Investigations into the jail dietaries of the United Provinces with some observations on the influence of dietary on the physical development and well-being of the people of the United Provinces - Number 48
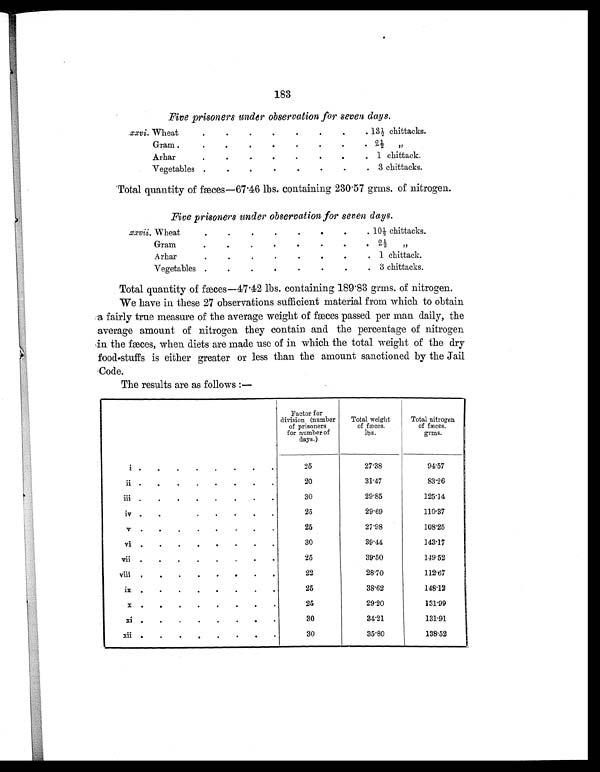
183
Five prisoners under observation for seven days.
xxvi. Wheat
.
.
.
.
.
.
. . 13½ chittacks.
Gram
.
.
.
.
.
.
.
.
2½ ,,
Arhar
.
.
.
.
.
.
.
. 1 chittack.
Vegetables
.
.
.
.
.
.
.
. 3 chittacks.
Total quantity of fæces—67.46 lbs. containing 230.57 grms. of nitrogen.
Five prisoners under observation for seven days.
xxvii. Wheat
.
.
.
.
.
.
.
. 10½ chittacks.
Gram
. . . .
.
. . .
2½ ,,
Arhar
.
.
.
.
.
.
.
. 1 chittack.
Vegetables
.
.
.
.
.
.
.
.
3 chittacks.
Total quantity of fæces—47.42 lbs. containing 189.83 grms. of nitrogen.
We have in these 27 observations sufficient material from which to obtain
a fairly true measure of the average weight of fæces passed per man daily, the
average amount of nitrogen they contain and the percentage of nitrogen
in the fæces, when diets are made use of in which the total weight of the dry
food-stuffs is either greater or less than the amount sanctioned by the Jail
Code.
The results are as follows :—
Factor for
division (number
of prisoners
for number of
days.)
Total weight
of fæces.
lbs.
Total nitrogen
of fæces.
gr
ms.
i
.
.
.
.
.
.
.
.
25
27.38
94.57
ii
.
.
.
.
.
.
. .
20
31.47
83.26
iii .
.
.
. . . . .
30
29.85
125.14
iv .
.
. . . . .
25
29.69
110.37
v
.
.
.
. . . . .
25
27.98
108.25
vi
.
.
.
.
.
.
. .
30
39.44
143.17
vii . . . . . .
25
39.50
149 52
viii . . . . . . . .
22
28.70
112.67
i
x
.
.
.
.
.
.
. .
25
38.62
148.12
x
.
.
.
. . . . .
25
29.20
131.99
xi
.
.
.
. . . . .
30
34.21
131.91
xii .
.
.
. . . . .
30
35.80
138.52